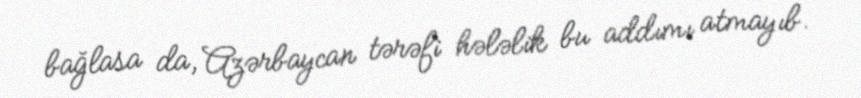
bağlasa da, Azərbaycan tərəfi hələlik bu addımı atmayıb.